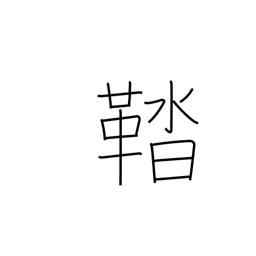
Meaning: shoes